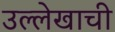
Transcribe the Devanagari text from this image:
उल्लेखाची